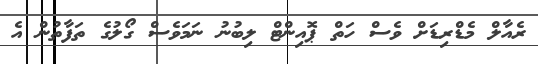
ރެއާލް މެޑްރިޑަށް ވެސް ހަތް ޕޮއިންޓް ލިބުނު ނަމަވެސް ގޯލުގެ ތަފާތުން އެ